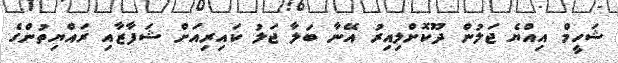
ޝަހީމް އިއްޔެ ޖަލުން ދޫކޮށްލިއިރު އޭނާ ބަލާ ޖަލު ކައިރިއަށް ޝަފާޒާއި ރައްޔިތުންގެ